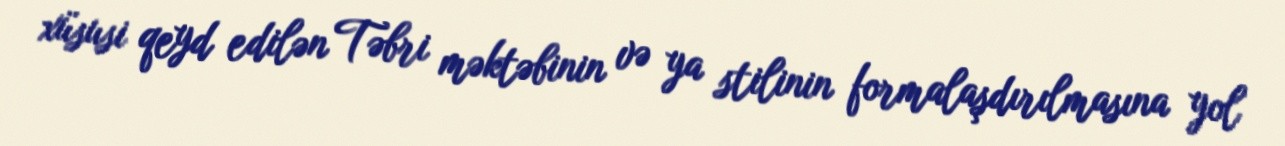
xüsusi qeyd edilən Təbri məktəbinin və ya stilinin formalaşdırılmasına yol